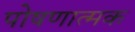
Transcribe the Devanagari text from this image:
पोषणात्मक